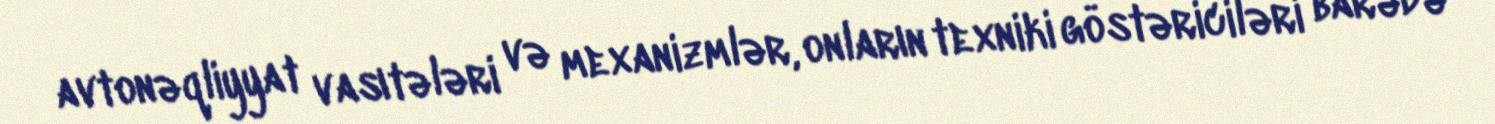
avtonəqliyyat vasıtələri və mexanizmlər, onların texniki göstəriciləri barədə